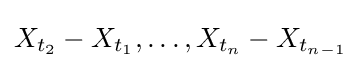
X_{t_{2}}-X_{t_{1}},\dots ,X_{t_{n}}-X_{t_{n-1}}